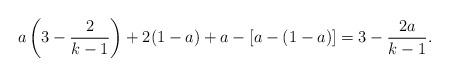
LaTeX: \begin{align*}a\left(3-\frac2{k-1}\right) +2(1-a)+a -[a-(1-a)]=3-\frac{2a}{k-1}.\end{align*}